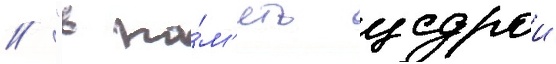
// "в па́м'ять щедрои